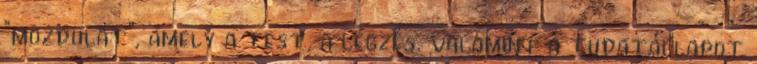
"mozdulat", amely a test, a légzés, valamint a tudatállapot